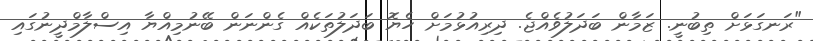
"ރަނގަޅަށް ތިބުނީ. ޒަމާން ބަދަލުވެއްޖެ. ދިރިއުޅުމަށް ހެޔޮ ބަދަލުތަކެއް ގެންނަން ބޭނުމިއްޔާ އިސްލާމްދީނުގައި